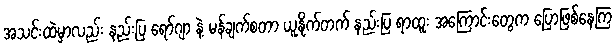
အသင်းထဲမှာလည်း နည်းပြ ရော်ဂျာ နဲ့ မန်ချက်စတာ ယူနိုက်တက် နည်းပြ ရာထူး အကြောင်းတွေက ပြောဖြစ်နေကြ